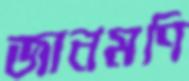
জানমণি